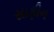
સાફીન